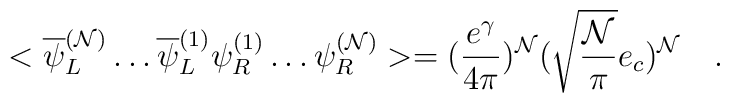
<\overline{\psi}_{L}^{({\cal N})}\ldots \overline{\psi}_{L}^{(1)}\psi_{R}^{(1)}\ldots \psi_{R}^{({\cal N})}>=(\frac{e^{\gamma}}{4\pi})^{\cal N} (\sqrt{\frac{\cal N}{\pi}} e_{c})^{\cal N}\quad .